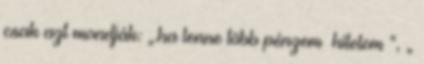
csak azt mondják: „.ha lenne több pénzem hitelem ”, „